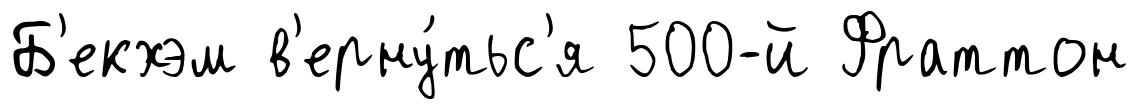
Б'екхэм в'ерну́тьс'я 500-й Фраттон